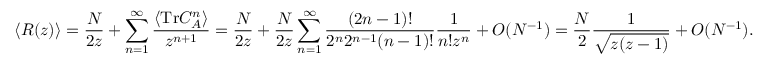
\langle R ( z ) \rangle = \frac { N } { 2 z } + \sum _ { n = 1 } ^ { \infty } \frac { \langle \mathrm { T r } C _ { A } ^ { n } \rangle } { z ^ { n + 1 } } = \frac { N } { 2 z } + \frac { N } { 2 z } \sum _ { n = 1 } ^ { \infty } \frac { ( 2 n - 1 ) ! } { 2 ^ { n } 2 ^ { n - 1 } ( n - 1 ) ! } \frac { 1 } { n ! z ^ { n } } + O ( N ^ { - 1 } ) = \frac { N } { 2 } \frac { 1 } { \sqrt { z ( z - 1 ) } } + O ( N ^ { - 1 } ) .